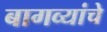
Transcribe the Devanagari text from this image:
बागव्यांचे